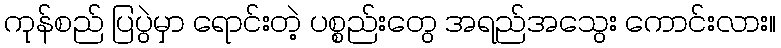
ကုန်စည် ပြပွဲမှာ ရောင်းတဲ့ ပစ္စည်းတွေ အရည်အသွေး ကောင်းလား။